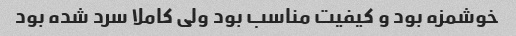
خوشمزه بود و کیفیت مناسب بود ولی کاملا سرد شده بود